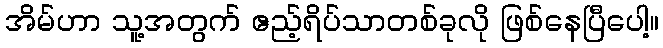
အိမ်ဟာ သူ့အတွက် ဧည့်ရိပ်သာတစ်ခုလို ဖြစ်နေပြီပေါ့။